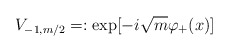
\begin{align*}V_{-1,m/2}=:\exp[-i \sqrt{m} \varphi_{+}(x)]\end{align*}